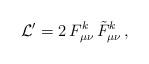
LaTeX: \begin{align*}{\cal L}' = 2\,F^{k}_{\mu \nu}\,\tilde{F}^{k}_{\mu \nu}\, ,\end{align*}